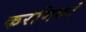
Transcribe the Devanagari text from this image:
करणिकां